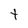
Character: t